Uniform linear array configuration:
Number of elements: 4
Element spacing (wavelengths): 0.75
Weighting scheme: hamming
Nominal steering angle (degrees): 0
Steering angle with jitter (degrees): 1.188
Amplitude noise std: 0.05
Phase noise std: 0.05

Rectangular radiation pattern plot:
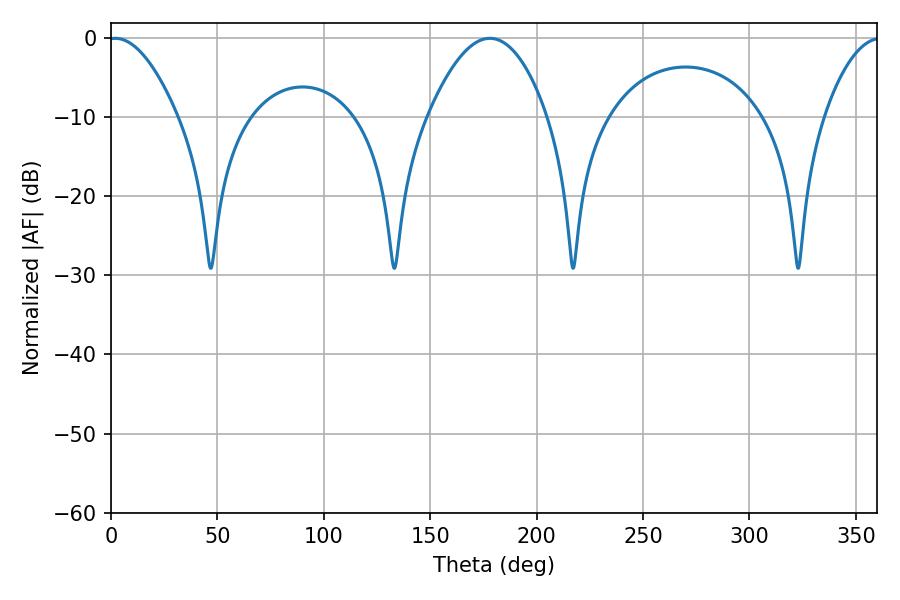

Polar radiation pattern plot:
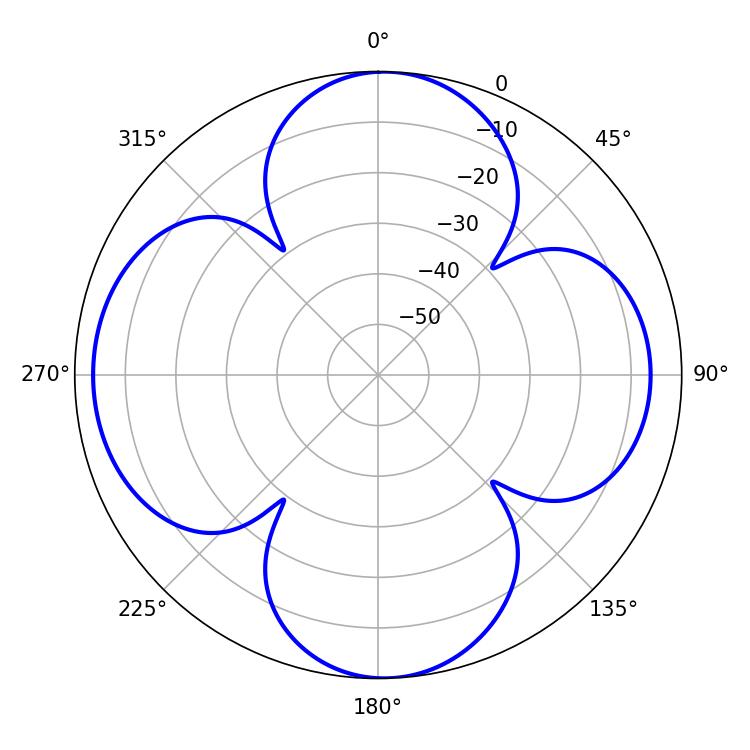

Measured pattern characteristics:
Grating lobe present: TRUE
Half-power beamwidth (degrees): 17.82
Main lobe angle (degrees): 1.98